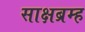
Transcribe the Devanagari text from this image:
साक्षब्रम्ह